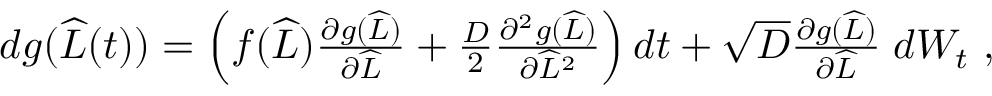
\begin{array} { r } { d g ( \widehat { L } ( t ) ) = \left( f ( \widehat { L } ) \frac { \partial g ( \widehat { L } ) } { \partial \widehat { L } } + \frac { D } { 2 } \frac { \partial ^ { 2 } g ( \widehat { L } ) } { \partial \widehat { L } ^ { 2 } } \right) d t + \sqrt { D } \frac { \partial g ( \widehat { L } ) } { \partial \widehat { L } } \; d W _ { t } \ , } \end{array}